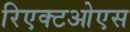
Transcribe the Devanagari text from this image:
रिएक्टओएस